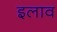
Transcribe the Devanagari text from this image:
इलाव